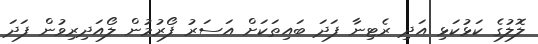
ލޮލުގެ ކަޅުކަޅި އަދި ރެޓިނާ ފަދަ ބައިތަކަށް އަސަރު ފޯރުމުން ލޯއަދިރިވުން ފަދަ